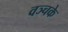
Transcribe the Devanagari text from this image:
वञ्चके